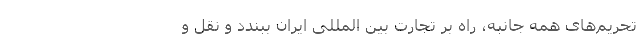
تحریم‌های همه جانبه، راه بر تجارت بین المللی ایران ببندد و نقل و